DOW-UAP-D4, Mission Report, Arabian Gulf, 2020
Agency: Department of War
Page 2
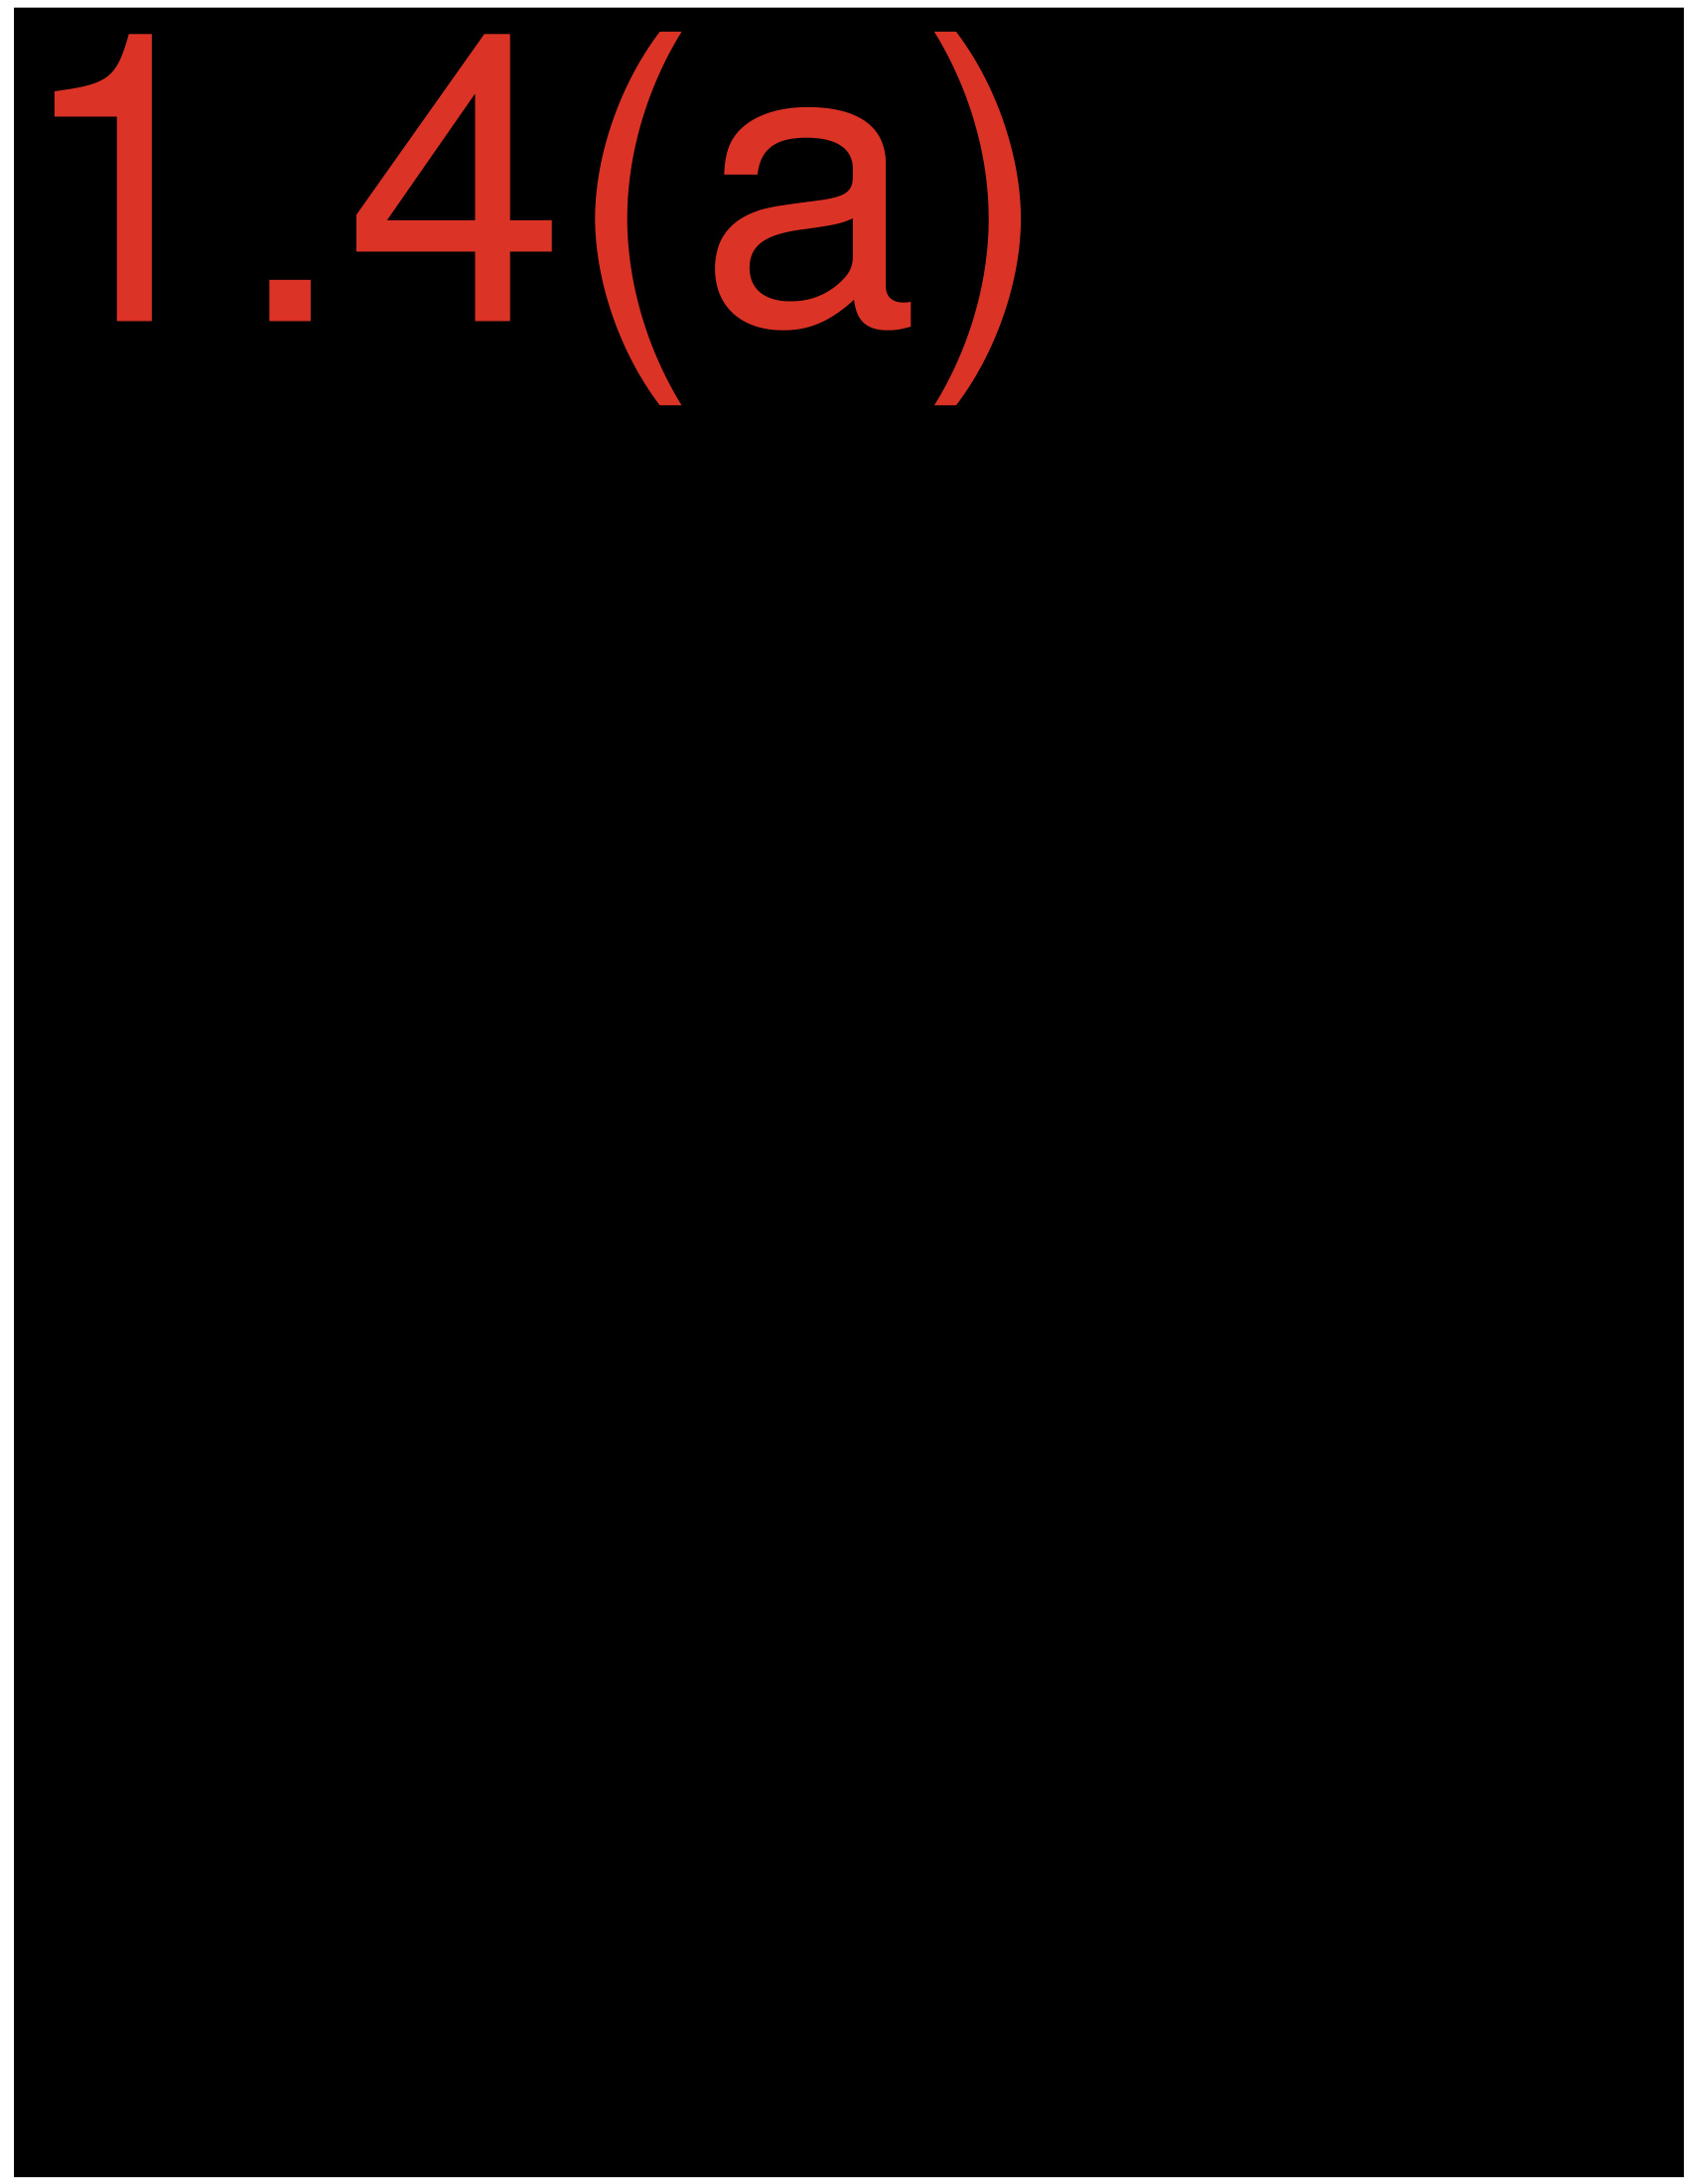